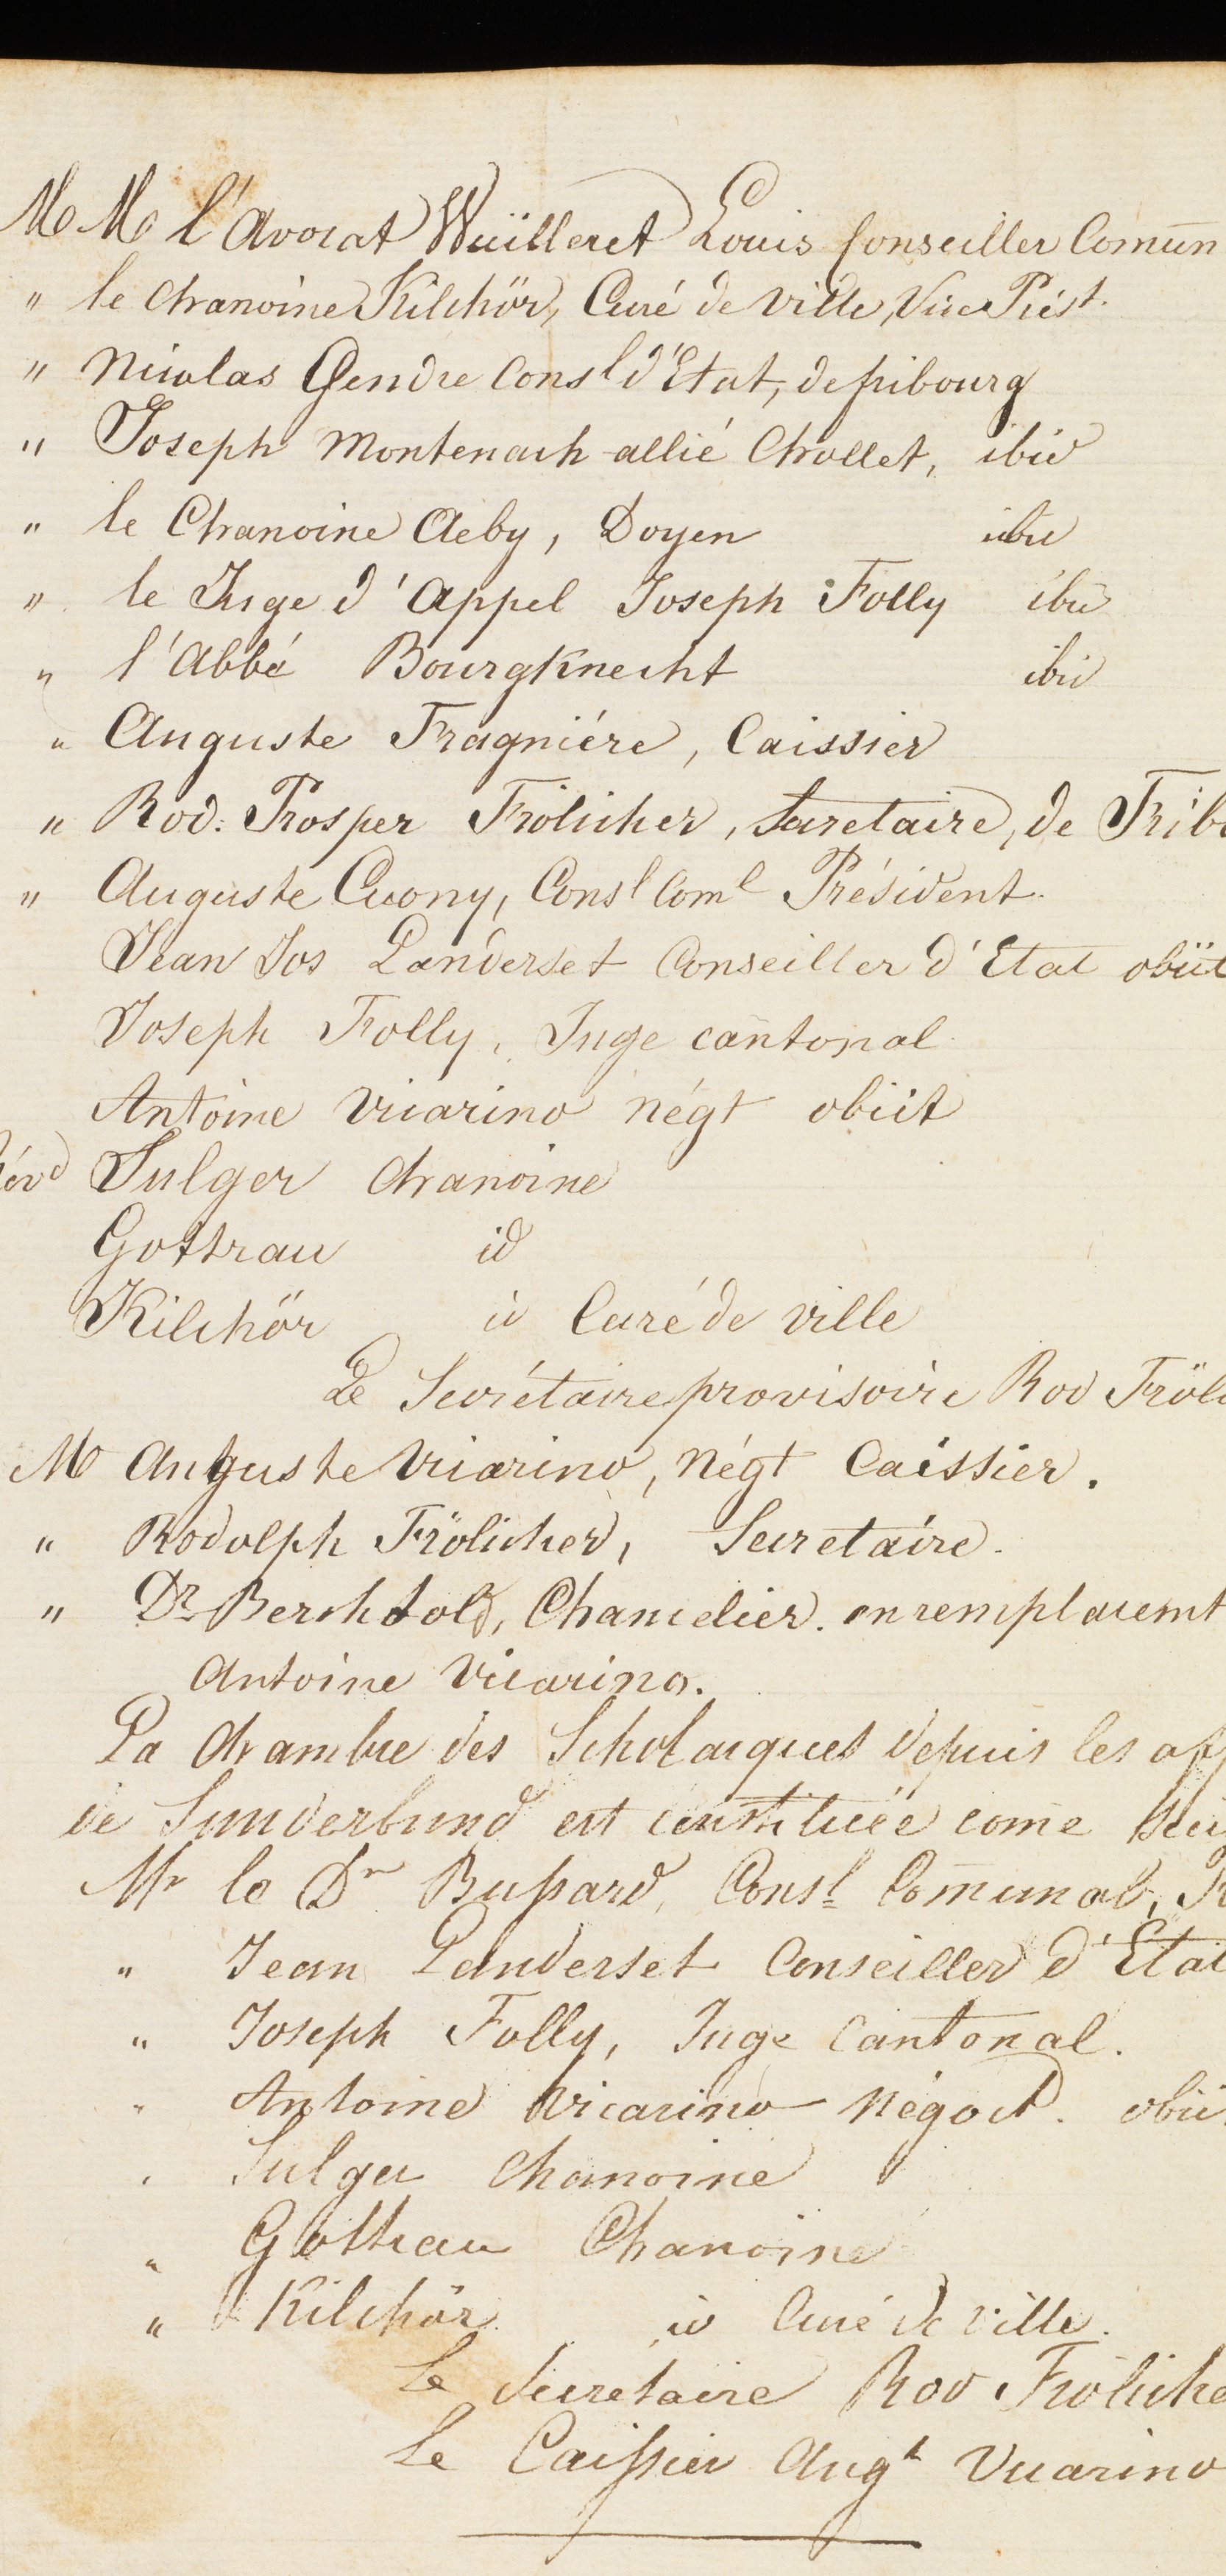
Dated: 1576–1577